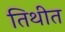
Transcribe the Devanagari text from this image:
तिथीत